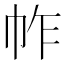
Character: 𢂃